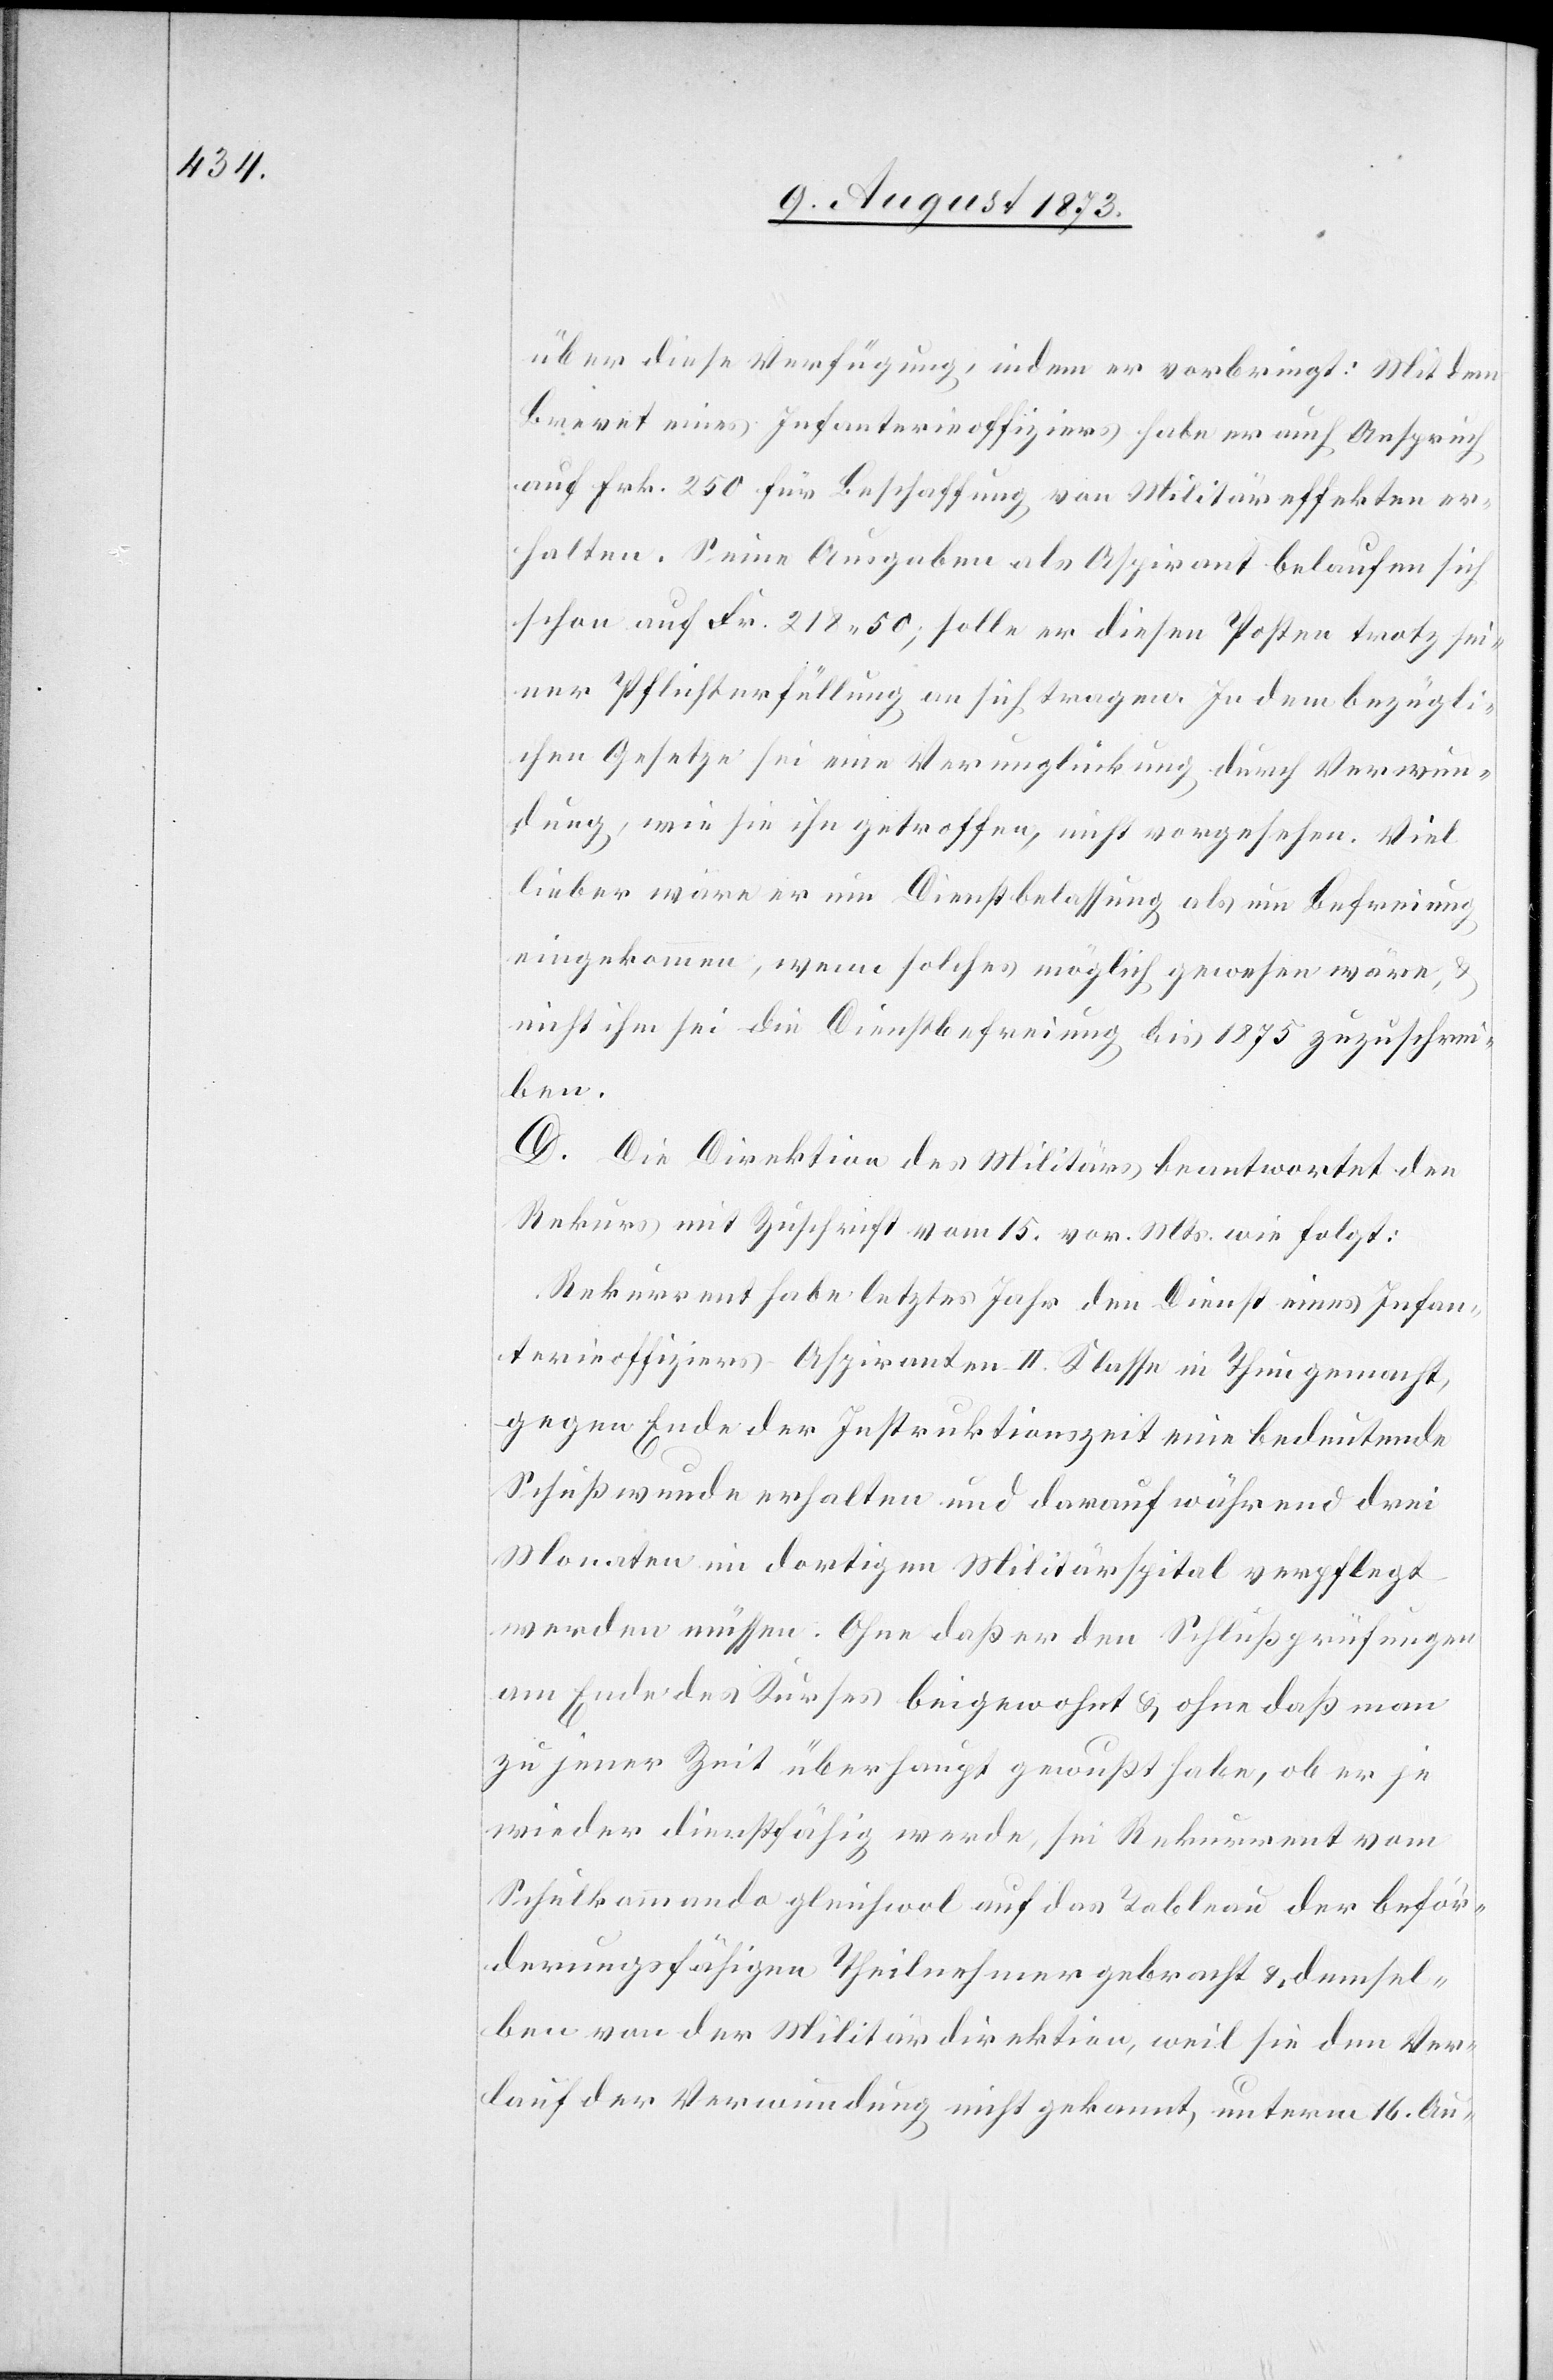
über diese Verfügung, indem er vorbringt: Mit dem
Brevet eines Infanterieoffiziers habe er auch Anspruch
auf Frk. 250 für Beschaffung von Militäreffekten er¬
halten. Seine Ausgaben als Aspirant belaufen sich
schon auf Fr. 218 50; solle er diesen Posten trotz sei¬
ner Pflichterfüllung an sich tragen [sic!]. In dem bezügli¬
chen Gesetze sei eine Verunglückung durch Verwun¬
dung, wie sie ihn getroffen, nicht vorgesehen. Viel
lieber wäre er um Dienstbelassung als um Befreiung
eingekommen, wenn solches möglich gewesen wäre, &
nicht ihm sei die Dienstbefreiung bis 1875 zuzuschrei¬
ben.
D. Die Direktion des Militärs beantwortet den
Rekurs mit Zuschrift vom 15. vor. Mts. wie folgt:
Rekurrent habe letztes Jahr den Dienst eines Infan¬
terieoffiziers–Aspiranten II. Klasse in Thun gemacht,
gegen Ende der Instruktionszeit eine bedeutende
Schußwunde erhalten und darauf während drei
Monaten im dortigen Militärspital verpflegt
werden müssen. Ohne daß er den Schlußprüfungen
am Ende des Kurses beigewohnt & ohne daß man
zu jener Zeit überhaupt gewußt habe, ob er je
wieder dienstfähig werde, sei Rekurrent vom
Schulkommando gleichwol auf das Tableau der beför¬
derungsfähigen Theilnehmer gebracht & demsel¬
ben von der Militärdirektion, weil sie den Ver¬
lauf der Verwundung nicht gekannt, unterm 16. Au-